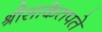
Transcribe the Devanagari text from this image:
श्रीसाकेतपते